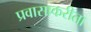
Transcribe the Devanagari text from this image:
प्रवासाकरीता